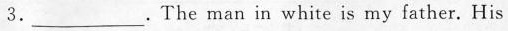
3.___.The man in white is my father. His